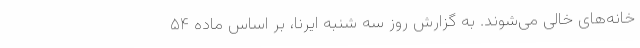
خانه‌های خالی می‌شوند. به گزارش روز سه شنبه ایرنا، بر اساس ماده ۵۴